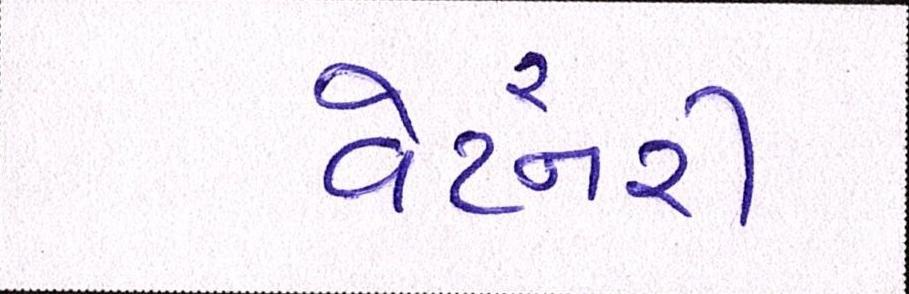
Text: વેટરનરી